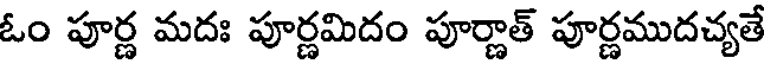
ఓం పూర్ణ మదః పూర్ణమిదం పూర్ణాత్ పూర్ణముదచ్యతే